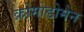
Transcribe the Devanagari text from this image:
क्रोमोडोमेन